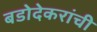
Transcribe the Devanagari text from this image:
बडोदेकरांची